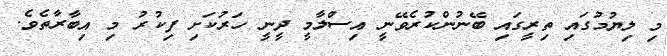
މި ލިޔުމުގައި ތިރީގައި ބޭނުންކުރެވޭނީ އިސްލާމީ ދީނީ ހަރުކަށި ފިކުރު މި އިބާރާތެވެ.